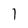
Character: l